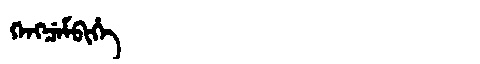
Manchu: ᡴᡝᠩᠴᡝᠮᠪᡳᡥᡝ
Romanization: KENGCEMBIHE